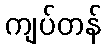
ကျပ်တန်